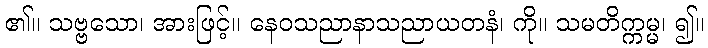
၏။ သဗ္ဗသော၊ အားဖြင့်။ နေဝသညာနာသညာယတနံ၊ ကို။ သမတိက္ကမ္မ၊ ၍။